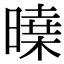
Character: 𣊝